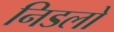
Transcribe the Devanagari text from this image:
निडलो